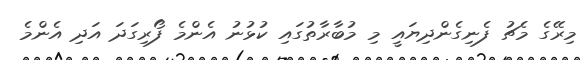
މިރޭގެ މެޗު ފެނިގެންދިޔައީ މި މުބާރާތުގައި ކުޅުނު އެންމެ ފޯރިގަދަ އަދި އެންމެ